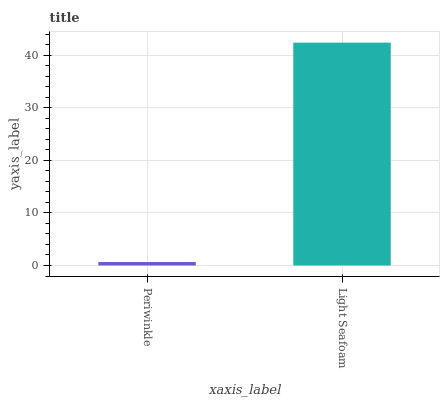
| xaxis_label | bars |
 | --- | --- |
 | Periwinkle | 0.658 |
 | Light Seafoam | 42.4 |